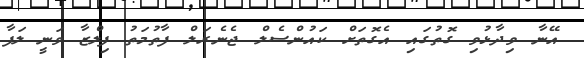
އޭނާ ވިދާޅުވި ގޮތުގައި އެގޮތަށް ކައުންސެލް ޖެނެރަލް ފާތުމަތު ފިލްޒާ ވަނީ ލަފާ